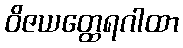
ဝိဇယတ္ထေရဂါထာ